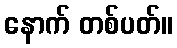
နောက် တစ်ပတ်။